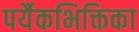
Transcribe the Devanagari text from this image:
पर्यैकभिक्तिका